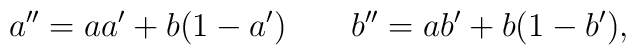
a''=aa'+b(1-a') \;\;\;\;\;\;\; b''=ab'+b(1-b'),